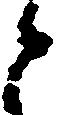
と